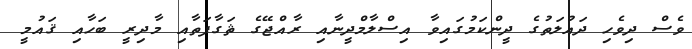
ވެސް ދިވެހި ދައުލަތުގެ ދީންކަމުގައިވާ އިސްލާމްދީނާއި ރާއްޖޭގެ ޘަގާފަތާއި މާދިރީ ބަހާއި ޤައުމީ